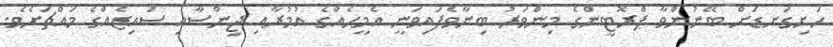
ހަށިގަނޑަށް ބޭނުންވާ ޕްރޮޓީންގެ މިންވަރު ބިނާވެފައިވަނީ އެމީހެއްގެ އުމުރާއި ޖިންސާއި ސައިޒެއްގެ މައްޗަށެވެ.